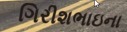
ગિરીશભાઇના